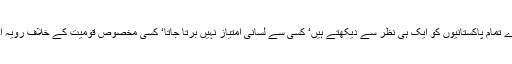
13 مارچ2018ء) وفاقی وزیر داخلہ احسن اقبال نے کہا ہے کہ قانون نافذ کرنے والے ادارے تمام پاکستانیوں کو ایک ہی نظر سے دیکھتے ہیں‘ کسی سے لسانی امتیاز نہیں برتا جاتا‘ کسی مخصوص قومیت کے خلاف رویہ اختیار کرنے کے سخت مخالف ہیں‘ پختونوں کی پاکستان کے استحکام میں بڑی قربانیاں ہیں۔